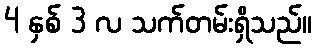
4 နှစ် 3 လ သက်တမ်းရှိသည်။